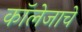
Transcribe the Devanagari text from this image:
कॉलेजाचे